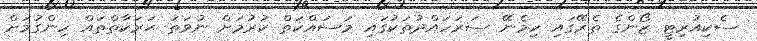
ސެކިއުރިޓީ ޒޯންގެ ތެރޭގައި ހިމެނޭ ސަރަހައްދުތަކުގައި މަސައްކަތް ކުރުމަށް ނުވަތަ ޙަރަކާތްތައް ހިންގުމަށް